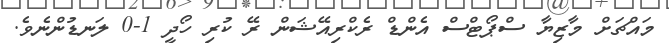
މައްޗަށް މާޒިޔާ ސްޕޯޓްސް އެންޑް ރެކްރިއޭޝަން ރޭ ކުރި ހޯދީ 1-0 ލަނޑުންނެވެ.